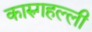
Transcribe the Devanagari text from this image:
कारुगहल्ली